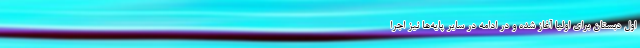
اول دبستان برای اولیا آغاز شده و در ادامه در سایر پایه‌ها نیز اجرا